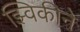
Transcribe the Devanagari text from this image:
झ्विकीने